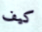
كيف